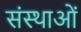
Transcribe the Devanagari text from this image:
संस्थाआें